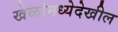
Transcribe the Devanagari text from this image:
खेळांमध्येदेखील